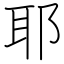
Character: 耶